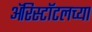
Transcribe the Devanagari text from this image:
ॲरिस्टॉटलच्या